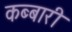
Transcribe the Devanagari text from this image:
कब्बारी